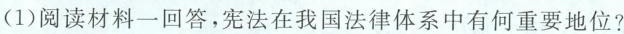
(1)阅读材料一回答，宪法在我国法律体系中有何重要地位?